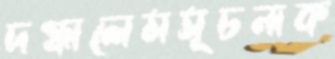
দগ্ধালেমসূচনাক